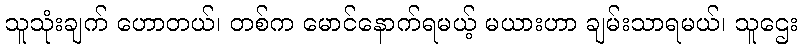
သူသုံးချက် ဟောတယ်၊ တစ်က မောင်နောက်ရမယ့် မယားဟာ ချမ်းသာရမယ်၊ သူဌေး